Sanitation, dispensaries and jails vaccination Rajputana 1922-1927 - 1922-1927
Year: 1922
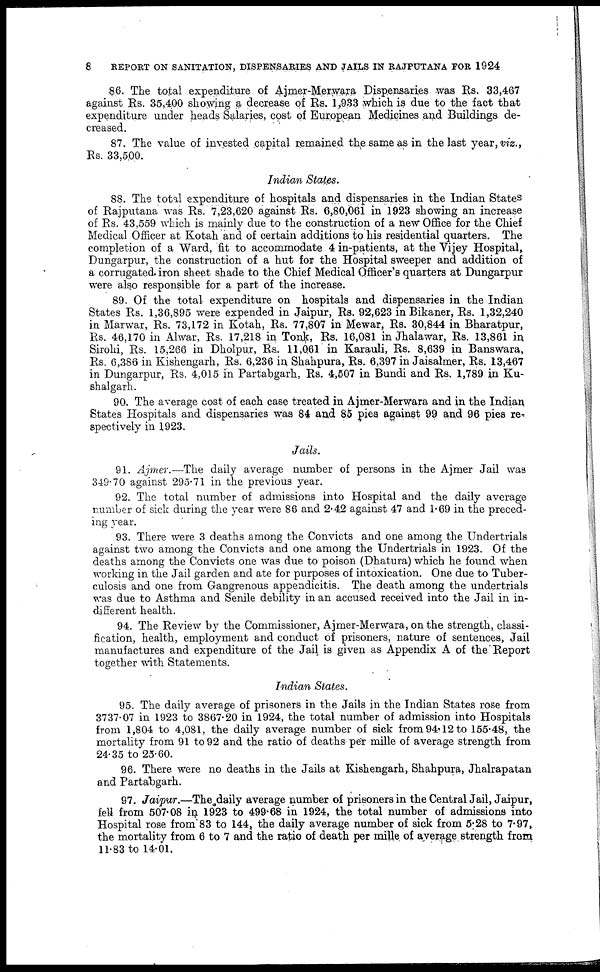
8
REPORT ON SANITATION, DISPENSARIES AND JAILS IN RAJPUTANA FOR 1924
86. The total expenditure of Ajmer-Merwara Dispensaries was Rs. 33,467
against Rs. 35,400 showing a decrease of Rs. 1,933 which is due to the fact that
expenditure under heads Salaries, cost of European Medicines and Buildings de-
creased.
87. The value of invested capital remained the same as in the last year, viz.,
Rs. 33,500.
Indian States.
88. The total expenditure of hospitals and dispensaries in the Indian States
of Rajputana was Rs. 7,23,620 against Rs. 6,80,061 in 1923 showing an increase
of Rs. 43,559 which is mainly due to the construction of a new Office for the Chief
Medical Officer at Kotah and of certain additions to his residential quarters. The
completion of a Ward, fit to accommodate 4 in-patients, at the Vijey Hospital,
Dungarpur, the construction of a hut for the Hospital sweeper and addition of
a corrugated iron sheet shade to the Chief Medical Officer's quarters at Dungarpur
were also responsible for a part of the increase.
89. Of the total expenditure on hospitals and dispensaries in the Indian
States Rs. 1,36,895 were expended in Jaipur, Rs. 92,623 in Bikaner, Rs. 1,32,240
in Marwar, Rs. 73,172 in Kotah, Rs. 77,807 in Mewar, Rs. 30,844 in Bharatpur,
Rs. 46,170 in Alwar, Rs. 17,218 in Tonk, Rs. 16,081 in Jhalawar, Rs. 13,861 in
Sirohi, Rs. 15,266 in Dholpur, Rs. 11,061 in Karauli, Rs. 8,639 in Banswara,
Rs. 6,386 in Kishengarh, Rs. 6,236 in Shahpura, Rs. 6,397 in Jaisalmer, Rs. 13,467
in Dungarpur, Rs. 4,015 in Partabgarh, Rs. 4,507 in Bundi and Rs. 1,789 in Ku¬
shalgarh.
90. The average cost of each case treated in Ajmer-Merwara and in the Indian
States Hospitals and dispensaries was 84 and 85 pies against 99 and 96 pies re-
spectively in 1923.
Jails.
91. Ajmer.—The daily average number of persons in the Ajmer Jail was
349.70 against 295.71 in the previous year.
92. The total number of admissions into Hospital and the daily average
number of sick during the year were 86 and 2.42 against 47 and 1.69 in the preced-
ing year.
93. There were 3 deaths among the Convicts and one among the Undertrials
against two among the Convicts and one among the Undertrials in 1923. Of the
deaths among the Convicts one was due to poison (Dhatura) which he found when
working in the Jail garden and ate for purposes of intoxication. One due to Tuber-
culosis and one from Gangrenous appendicitis. The death among the undertrials
was due to Asthma and Senile debility in an accused received into the Jail in in-
different health.
94. The Review by the Commissioner, Ajmer-Merwara, on the strength, classi-
fication, health, employment and conduct of prisoners, nature of sentences, Jail
manufactures and expenditure of the Jail is given as Appendix A of the Report
together with Statements.
Indian States.
95. The daily average of prisoners in the Jails in the Indian States rose from
3737.07 in 1923 to 3867.20 in 1924, the total number of admission into Hospitals
from 1,804 to 4,081, the daily average number of sick from 94.12 to 155.48, the
mortality from 91 to 92 and the ratio of deaths per mille of average strength from
24.35 to 25.60.
96. There were no deaths in the Jails at Kishengarh, Shahpura, Jhalrapatan
and Partabgarh.
97. Jaipur.—The daily average number of prisoners in the Central Jail, Jaipur,
fell from 507.08 in 1923 to 499.68 in 1924, the total number of admissions into
Hospital rose from 83 to 144, the daily average number of sick from 5.28 to 7.97,
the mortality from 6 to 7 and the ratio of death per mille of average strength from
11.83 to 14.01.